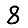
Digit: 8